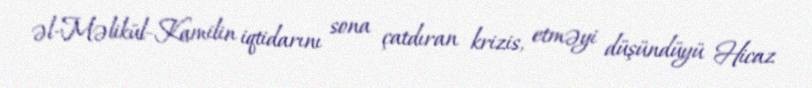
əl-Məlikül-Kamilin iqtidarını sona çatdıran krizis, etməyi düşündüyü Hicaz